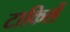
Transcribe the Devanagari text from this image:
टाकिलें